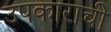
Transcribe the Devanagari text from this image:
उपकाराची